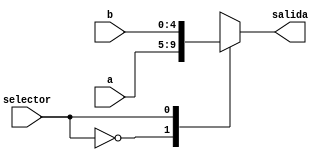
module Multiplexor_5_bits_2_a_1 ( input [4:0] a, input [4:0] b, input selector,
                                  output reg [4:0] salida );

always @(*) begin
    case(selector)
        1'b0: salida = a;
        1'b1: salida = b;
    endcase
end

endmodule